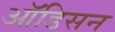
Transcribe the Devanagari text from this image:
ऑडिसन